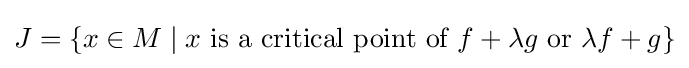
J=\{x\in M\mid x{\mbox{ is a critical point of }}f+\lambda g{\mbox{ or }}\lambda f+g\}